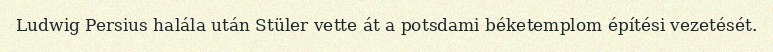
Ludwig Persius halála után Stüler vette át a potsdami béketemplom építési vezetését.